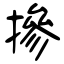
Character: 摻